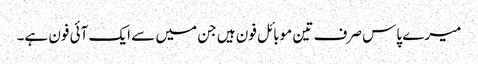
میرے پاس صرف تین موبائل فون ہیں جن میں سے ایک آئی فون ہے۔